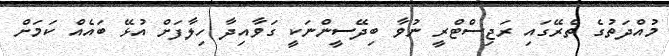
މުއްދަތުގެ ތެރޭގައި ރަޖިސްޓްރީ ނުވާ ބިދޭސީންނަކީ ގަވާއިދާ ހިލާފަށް އުޅޭ ބައެއް ކަމަށް